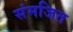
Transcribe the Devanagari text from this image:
संमजित